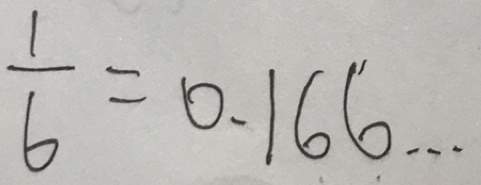
\frac { 1 } { 6 } = 0 . 1 6 6 ^ { \prime } \cdots